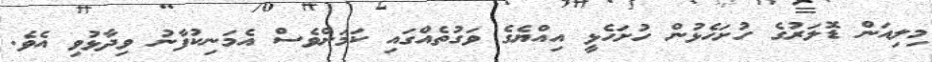
މިލިއަން ޑޮލަރުގެ ހުށަހެޅުން ހުށަހެޅީ އިއްޔެގެ ވަގުތެއްގައި ކަމަށްވެސް އެމަނިކުފާނު ވިދާޅުވި އެވެ.